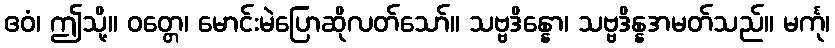
ဧဝံ၊ ဤသို့။ ဝတ္တေ၊ မောင်းမဲပြောဆိုလတ်သော်။ သဗ္ဗဒိန္နော၊ သဗ္ဗဒိန္နအမတ်သည်။ မင်္ကု၊